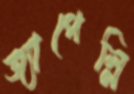
জ্যাপেল্লি